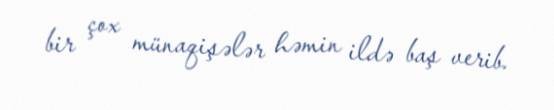
bir çox münaqişələr həmin ildə baş verib.